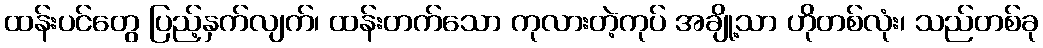
ထန်းပင်တွေ ပြည့်နှက်လျက်၊ ထန်းတက်သော ကုလားတဲ့ကုပ် အချို့သာ ဟိုတစ်လုံး၊ သည်တစ်ခု